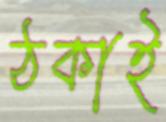
ঠকাই